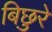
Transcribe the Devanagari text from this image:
बिछुरे